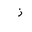
Letter: _zay